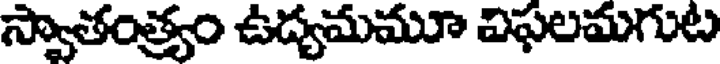
స్వాతంత్ర్యం ఉద్యమమూ విఫలమగుట